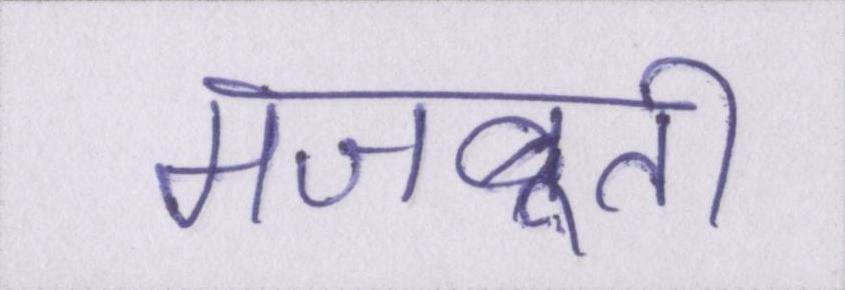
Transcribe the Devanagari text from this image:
मजबूती